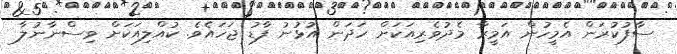
ސާފުކުރަން އެމީހުން އަމީރާ މެދުވެރިއަކަށް ހަދަން އުޅުނު ފާޑު ޖަހައެވެ. ކުއްލިއަކަށް ވިސްނާނުލާ